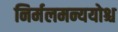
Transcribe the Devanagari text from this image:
निर्मलमन्ययोश्च